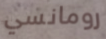
رومانسي